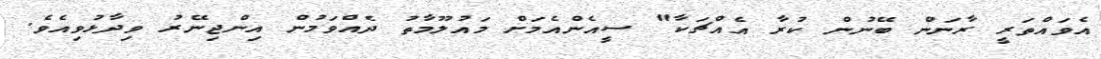
އެވައްތަރީ ރާނަން ބޭނުން ކުރާ އެއްޗަކާ" ސީއެންއެމަށް މައުލޫމާތު ދެއްވަމުން އިންޖިނޭރު ވިދާޅުވިއެވެ.